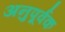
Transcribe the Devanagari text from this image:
अनुपूर्वक